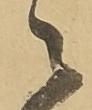
之